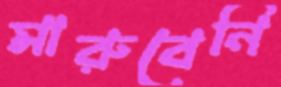
মারুবেনি